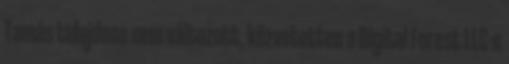
Tamás tulajdona nem változott, közvetetten a Digital Forest LLC-n